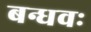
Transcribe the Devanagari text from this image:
बन्धवः